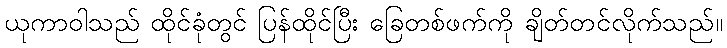
ယုကာဝါသည် ထိုင်ခုံတွင် ပြန်ထိုင်ပြီး ခြေတစ်ဖက်ကို ချိတ်တင်လိုက်သည်။